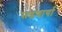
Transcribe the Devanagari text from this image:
सडणार्या